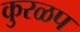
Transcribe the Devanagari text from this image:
कुरळप